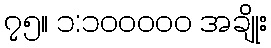
၇၅။ ၁:၁၀၀၀၀၀ အချိုး